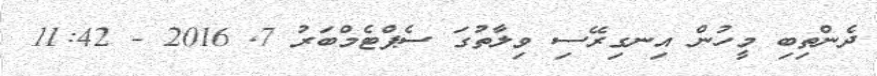
ދެންތިބި މީހުން އިނގިރޭސި ވިލާތުގަ ސެޕްޓެމްބަރު 7